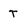
Character: T